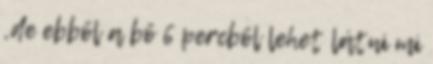
,de ebből a bő 6 percből lehet látni mi